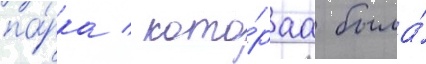
па́рка / кото́раа была́